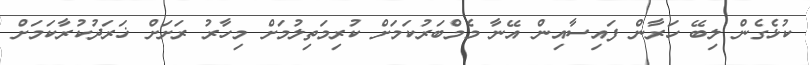
ކުޅެގެން ލިބޭ ހަރާން ފައިސާއިން އޭނާ މެމްބަރުކަމަށް ކުރިމަތިލުމަށް މިހާރު ރަށަށް ޚަރަދުކުރާކަމަށް